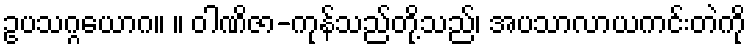
ဥပသဂ္ဂယောဂ။ ။ ဝါဏိဇာ-ကုန်သည်တို့သည်၊ အပသာလာယကင်းတဲကို